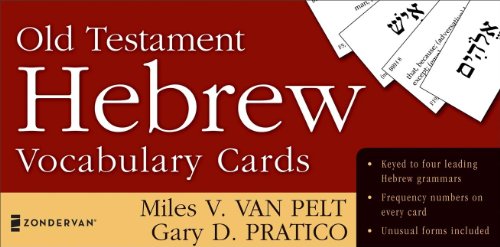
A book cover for Old Testament Hebrew Vocabulary Cards (The Zondervan Vocabulary Builder Series); Miles V. Van Pelt; Christian Books & Bibles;